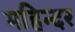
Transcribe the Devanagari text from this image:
महिन्दर